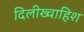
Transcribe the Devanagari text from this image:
दिलीख्वाहिश